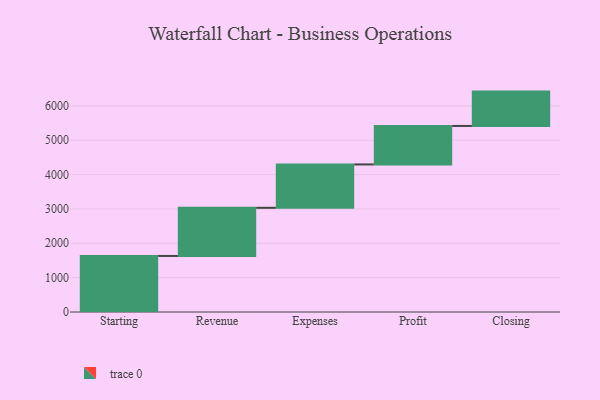
{"axis": {"x": "Step", "y": "Value"}, "legend": [""], "data": [{"x": "Starting", "y": 1631.0, "type": ""}, {"x": "Revenue", "y": 1402.0, "type": ""}, {"x": "Expenses", "y": 1262.0, "type": ""}, {"x": "Profit", "y": 1120.0, "type": ""}, {"x": "Closing", "y": 1000, "type": ""}]}